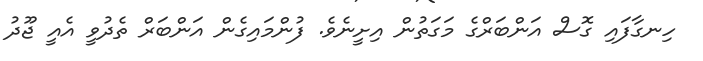
ހިނގާފައި ގޮސް އަންބަރްގެ މަގަތުން އިށީނެވެ. ފުންމައިގެން އަންބަރް ތެދުވީ އެއީ ޖޫދު